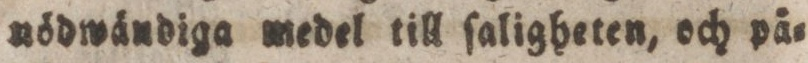
nödwändiga medel till ſaligheten, och på=